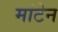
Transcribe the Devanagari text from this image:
मांटेन